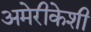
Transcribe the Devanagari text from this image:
अमेरीकेशी